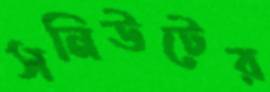
সনিউটের